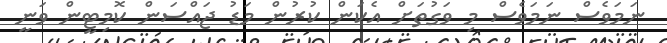
ނަމަވެސް ނަމަވެސް މި ވަގުތަށް އެކަން ކުރުން މަޑު ޖައްސަން ކޮމިޓީން ވަނީ